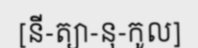
[នី-ត្យា-នុ-កូល]